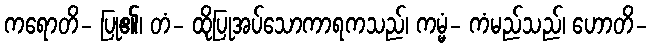
ကရောတိ- ပြု၏၊ တံ- ထိုပြုအပ်သောကာရကသည်၊ ကမ္မံ- ကံမည်သည်၊ ဟောတိ-